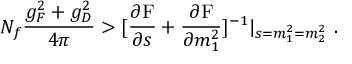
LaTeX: N _ { f } \frac { g _ { F } ^ { 2 } + g _ { D } ^ { 2 } } { 4 \pi } > [ \frac { \partial \mathrm { F } } { \partial s } + \frac { \partial \mathrm { F } } { \partial m _ { 1 } ^ { 2 } } ] ^ { - 1 } | _ { s = m _ { 1 } ^ { 2 } = m _ { 2 } ^ { 2 } } \ .